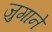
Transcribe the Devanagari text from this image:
जुगाने